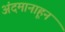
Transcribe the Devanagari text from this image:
अंदमानाहून